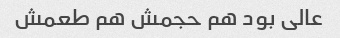
عالی بود هم حجمش هم طعمش